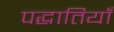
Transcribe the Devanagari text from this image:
पद्धातियाँ